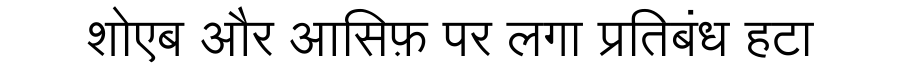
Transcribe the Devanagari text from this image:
शोएब और आसिफ़ पर लगा प्रतिबंध हटा